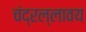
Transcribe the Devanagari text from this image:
चंद्रल्लावय